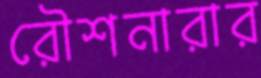
রৌশনারার